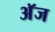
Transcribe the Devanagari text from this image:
अॅज